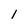
Character: 1